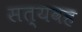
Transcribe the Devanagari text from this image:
सत्यवह